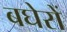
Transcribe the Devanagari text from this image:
बघेरों